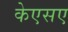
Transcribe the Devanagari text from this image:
केएसए